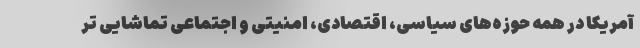
آمریکا در همه حوزه‌های سیاسی، اقتصادی، امنیتی و اجتماعی تماشایی تر